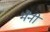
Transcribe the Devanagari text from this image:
भैनी